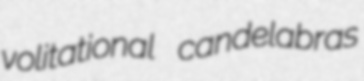
volitational candelabras